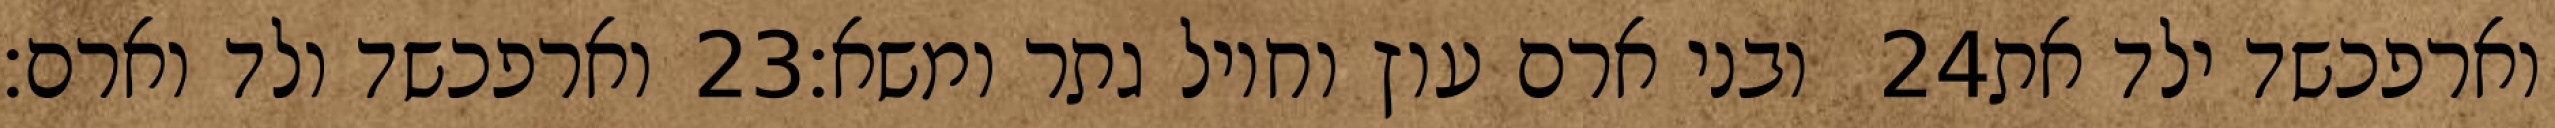
וארפכשד ולד וארם׃ ‎23‏ ובני ארם עוץ וחויל גתר ומשא׃ ‎24‏ וארפכשד ילד את